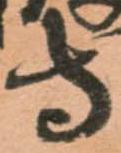
守